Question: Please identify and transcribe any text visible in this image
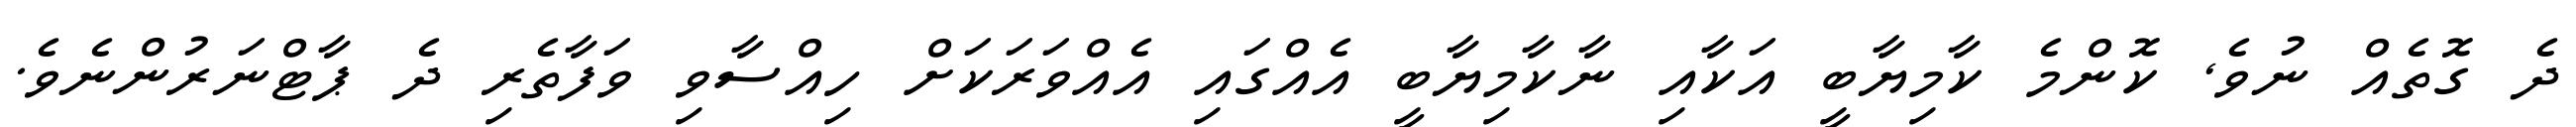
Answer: ދެ ގޮތެއް ނުވެ, ކޮންމެ ކާމިޔާބީ އަކާއި ނާކާމިޔާބީ އެއްގައި އެއްވަރަކަށް ހިއްސާވި ވަފާތެރި ދެ ޕާޓްނަރުންނެވެ.